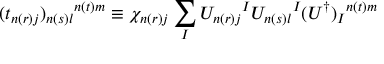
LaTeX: ( t _ { n ( r ) j } ) _ { n ( s ) l } { } ^ { n ( t ) m } \equiv \chi _ { n ( r ) j } \sum _ { I } U _ { n ( r ) j } { } ^ { I } U _ { n ( s ) l } { } ^ { I } ( U ^ { \dagger } ) _ { I } { } ^ { n ( t ) m }